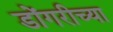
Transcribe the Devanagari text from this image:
डोंगरीच्या